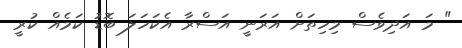
" މަ އަދިވެސް މިހިތަށް އަރަނީ އަސްރާ އެކަހަލަ ބޮޑު ކަމެއް ކުރީ